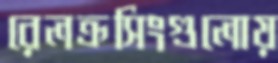
রেলক্রসিংগুলোয়